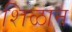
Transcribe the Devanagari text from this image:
शिळान